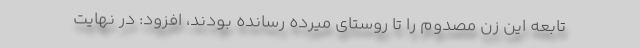
تابعه این زن مصدوم را تا روستای میرده رسانده بودند، افزود: در نهایت